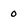
Character: 0